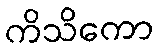
ကိသိကော